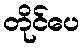
တိုင်ပေ